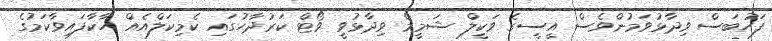
ފަހުބަސް ވިދާޅުވަމުންވެސް އީސީގެ ވަކީލް ޝަމީމް ވިދާޅުވީ ވޯޓް ކަރުދާހުގައި ކެމިކަލްއެއް ހާކާފައިވާކަމުގެ